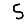
Digit: 5